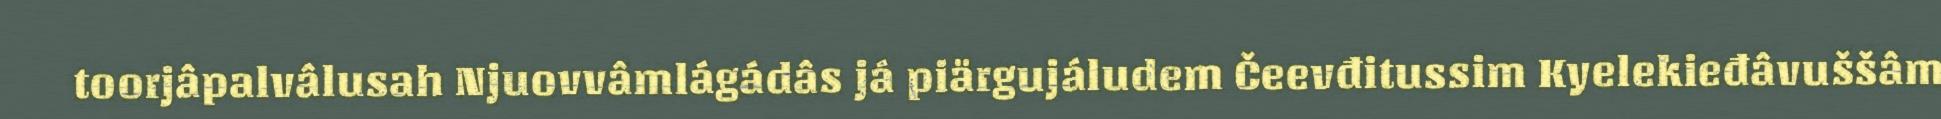
toorjâpalvâlusah Njuovvâmlágádâs já piärgujáludem Čeevđitussim Kyelekieđâvuššâm